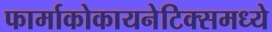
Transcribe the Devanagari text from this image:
फार्माकोकायनेटिक्समध्ये